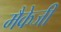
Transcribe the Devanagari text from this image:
मैकेजी